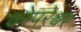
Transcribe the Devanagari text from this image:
कोपरेश्वर